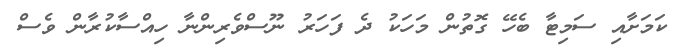
ކަމަށާއި ސަމިޓާ ބެހޭ ގޮތުން މަހަކު ދެ ފަހަރު ނޫސްވެރިންނާ ހިއްސާކުރާން ވެސް